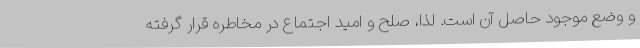
و وضع موجود حاصل آن است. لذا، صلح و امید اجتماع در مخاطره قرار گرفته